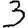
Digit: 3